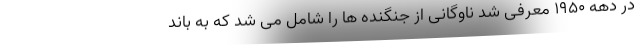
در دهه 1950 معرفی شد ناوگانی از جنگنده ها را شامل می شد که به باند